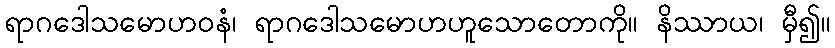
ရာဂဒေါသမောဟဝနံ၊ ရာဂဒေါသမောဟဟူသောတောကို။ နိဿာယ၊ မှီ၍။